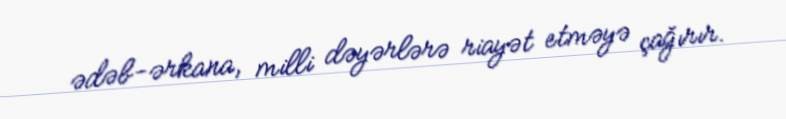
ədəb-ərkana, milli dəyərlərə riayət etməyə çağırır.